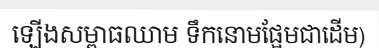
ឡើងសម្ពាធឈាម ទឹកនោមផ្អែមជាដើម)